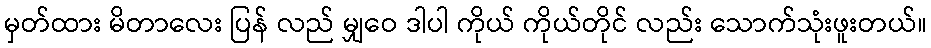
မှတ်ထား မိတာလေး ပြန် လည် မျှဝေ ဒါပါ ကိုယ် ကိုယ်တိုင် လည်း သောက်သုံးဖူးတယ်။